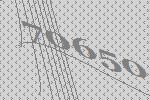
70650